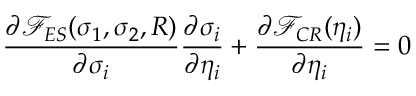
\frac { \partial { \mathcal F } _ { E S } ( \sigma _ { 1 } , \sigma _ { 2 } , R ) } { \partial \sigma _ { i } } \frac { \partial \sigma _ { i } } { \partial \eta _ { i } } + \frac { \partial { \mathcal F } _ { C R } ( \eta _ { i } ) } { \partial \eta _ { i } } = 0